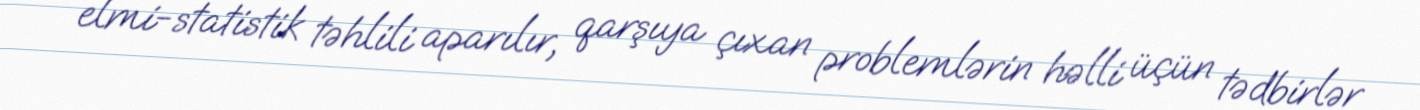
elmi-statistik təhlili aparılır, qarşıya çıxan problemlərin həlli üçün tədbirlər